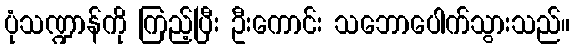
ပုံသဏ္ဍာန်ကို ကြည့်ပြီး ဦးကောင်း သဘောပေါက်သွားသည်။